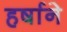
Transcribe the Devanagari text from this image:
हर्षाने